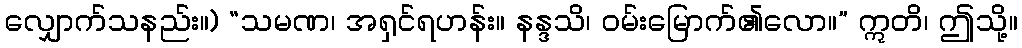
လျှောက်သနည်း။) “သမဏ၊ အရှင်ရဟန်း။ နန္ဒသိ၊ ဝမ်းမြောက်၏လော။” ဣတိ၊ ဤသို့။